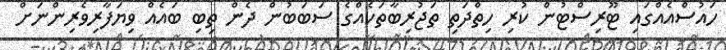
ހައުސްއެއްގައި ޓޫރިސްޓުން ކުރި ހިތްދަތި ތަޖުރިބާތަކެއްގެ ސަބަބުން ދެން ތިބި ބައެއް ވިޔަފާރިވެރިންނަށް